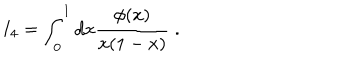
I _ { 4 } = \int _ { 0 } ^ { 1 } d x \frac { \phi ( x ) } { x ( 1 - x ) } \; .